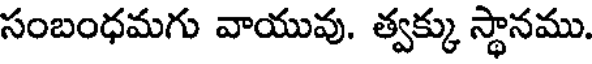
సంబంధమగు వాయువు. త్వక్కు స్థానము.